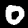
Label: 0